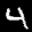
Label: 4